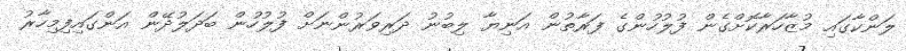
ލަންކާގައި މުޒާހަރާކޮށްގެން ފުލުހުންގެ ފަރާތުން އަނިޔާ ލިބުނު ދަރިވަރުންނަށް ފުލުހުން ބަދަލުދޭން އަންގައިފިމިހާރު